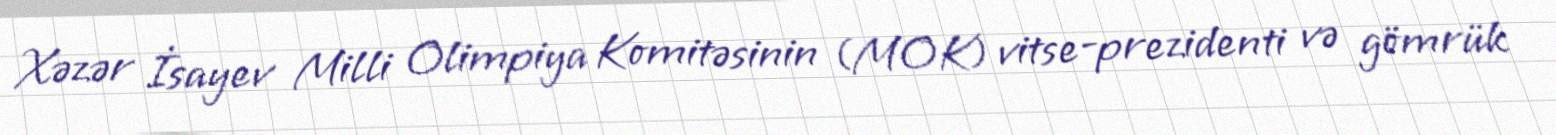
Xəzər İsayev Milli Olimpiya Komitəsinin (MOK) vitse-prezidenti və gömrük